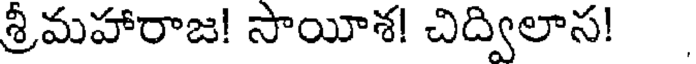
శ్రీమహారాజ! సాయీశ! చిద్విలాస!